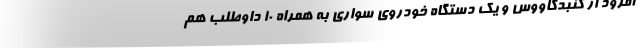
آفرود از گنبدکاووس و یک دستگاه خودروی سواری به همراه ۱۰ داوطلب هم